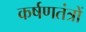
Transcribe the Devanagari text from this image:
कर्षणतंत्रों